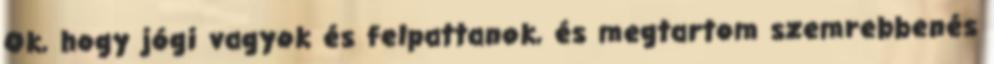
Ok, hogy jógi vagyok és felpattanok, és megtartom szemrebbenés